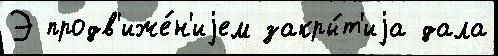
Э продв'иже́н'иjем закры́т'иjа дала